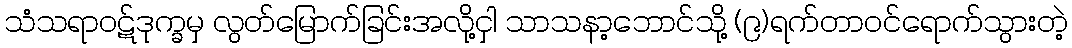
သံသရာဝဋ်ဒုက္ခမှ လွတ်မြောက်ခြင်းအလို့ငှါ သာသနာ့ဘောင်သို့ (၉)ရက်တာဝင်ရောက်သွားတဲ့